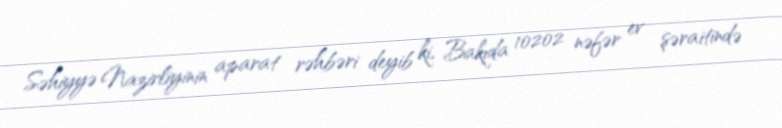
Səhiyyə Nazirliyinin aparat rəhbəri deyib ki, Bakıda 10202 nəfər ev şəraitində